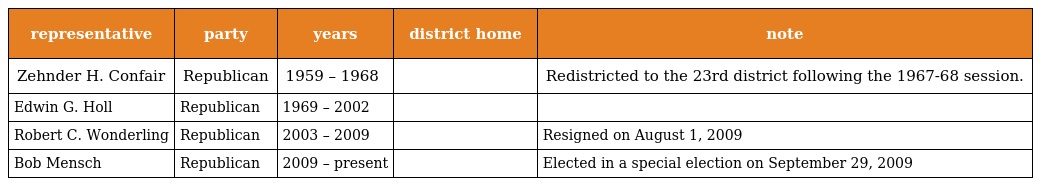
| representative | party | years | district home | note |
 | --- | --- | --- | --- | --- |
 | Zehnder H. Confair | Republican | 1959 – 1968 |  | Redistricted to the 23rd district following the 1967-68 session. |
 | Edwin G. Holl | Republican | 1969 – 2002 |  |  |
 | Robert C. Wonderling | Republican | 2003 – 2009 |  | Resigned on August 1, 2009 |
 | Bob Mensch | Republican | 2009 – present |  | Elected in a special election on September 29, 2009 |